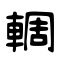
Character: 輖